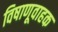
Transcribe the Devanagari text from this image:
विषाणूवाहक